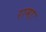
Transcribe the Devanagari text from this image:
रामाः